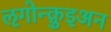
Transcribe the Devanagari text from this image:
ऌगोन्क़ुइअन